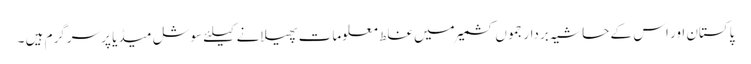
پاکستان اور اس کے حاشیہ بردار جموں کشمیرمیں غلط معلومات پھیلانے کیلئے سوشل میڈیا پر سرگرم ہیں ۔